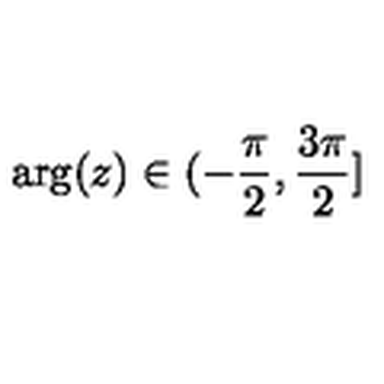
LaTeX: \arg ( z ) \in ( - \frac { \pi } { 2 } , \frac { 3 \pi } { 2 } ] \protect